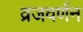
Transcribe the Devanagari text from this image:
व्रजवर्णन